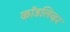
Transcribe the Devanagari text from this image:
कॉडलिव्हर